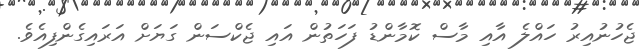
ޖެހުނުއިރު ހައްލެ އާއި މާސް ކޮމާންޑު ފަހަތުން އައި ޖެކްސަން ގަޔަށް އަރައިގެންފިއެވެ.